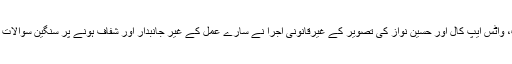
متنازع القابات، واٹس ایپ کال اور حسین نواز کی تصویر کے غیرقانونی اجرا نے سارے عمل کے غیر جانبدار اور شفاف ہونے پر سنگین سوالات اٹھا دیئے ہیں۔